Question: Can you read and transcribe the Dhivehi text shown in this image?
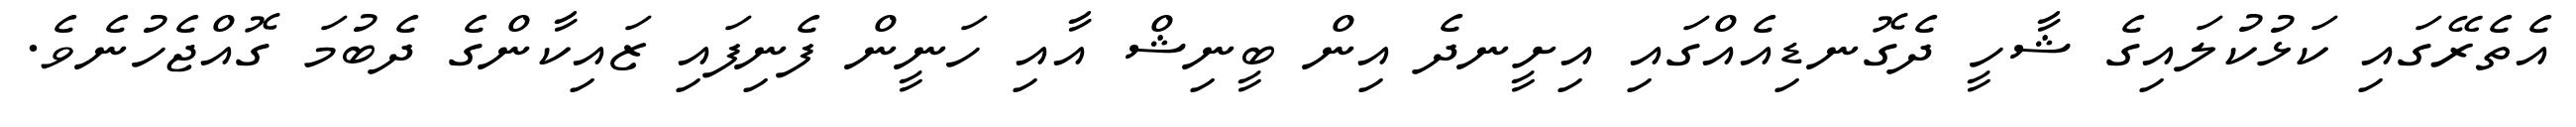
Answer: އެތެރޭގައި ކަޅުކުލައިގެ ޝާހީ ދެގޮނޑިއެއްގައި އިށީނދެ އިން ބީނިޝް އާއި ހަނީން ފެނިފައި ޒައިކާންގެ ދެބުމަ ގޮއްޖެހުނެވެ.